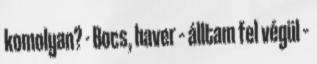
komolyan? - Bocs, haver – álltam fel végül –